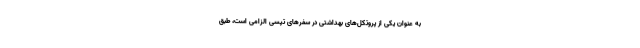
به عنوان یکی از پروتکل‌های بهداشتی در سفرهای تپسی الزامی است، طبق